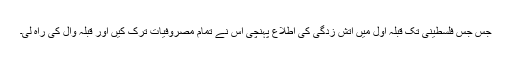
جس جس فلسطینی تک قبلہ اول میں آتش زدگی کی اطلاع پہنچی اس نے تمام مصروفیات ترک کیں اور قبلہ وال کی راہ لی۔